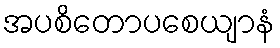
အပစိတောပစေယျာနံ